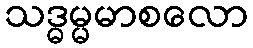
သဒ္ဓမ္မမာစလော